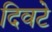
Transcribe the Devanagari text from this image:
दिवटे